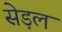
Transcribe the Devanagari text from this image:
सेड़ल